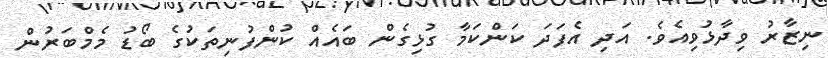
ނިޒާރު ވިދާޅުވިއެވެ. އަދި އެފަދަ ކަންކަމާ ގުޅިގެން ބައެއް ކުންފުނިތަކުގެ ބޯޑު މެމްބަރުން